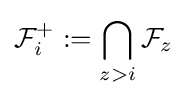
{\mathcal {F}}_{i}^{+}:=\bigcap _{z>i}{\mathcal {F}}_{z}